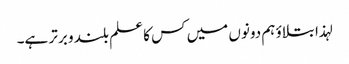
لہذا بتلاوٴ ہم دونوں میں کس کا علم بلند و برتر ہے۔